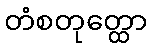
တံစတုတ္ထော